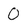
Character: O